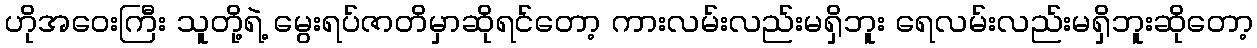
ဟိုအဝေးကြီး သူတို့ရဲ့ မွေးရပ်ဇာတိမှာဆိုရင်တော့ ကားလမ်းလည်းမရှိဘူး ရေလမ်းလည်းမရှိဘူးဆိုတော့